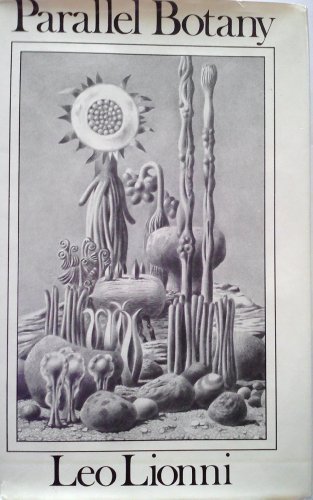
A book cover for Parallel botany; Leo Lionni; Humor & Entertainment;